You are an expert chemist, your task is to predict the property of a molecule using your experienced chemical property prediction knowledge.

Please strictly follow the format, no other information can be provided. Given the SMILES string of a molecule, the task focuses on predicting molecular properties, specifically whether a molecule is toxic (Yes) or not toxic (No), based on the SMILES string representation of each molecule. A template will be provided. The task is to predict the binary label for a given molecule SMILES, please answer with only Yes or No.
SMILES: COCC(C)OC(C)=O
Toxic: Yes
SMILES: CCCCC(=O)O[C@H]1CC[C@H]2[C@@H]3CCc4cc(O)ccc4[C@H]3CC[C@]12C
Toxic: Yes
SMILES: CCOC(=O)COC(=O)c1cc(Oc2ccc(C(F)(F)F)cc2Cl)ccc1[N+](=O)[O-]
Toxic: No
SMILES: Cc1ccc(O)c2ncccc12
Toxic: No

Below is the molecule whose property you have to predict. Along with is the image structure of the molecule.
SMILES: Cc1ccccc1C(OCCN(C)C)c1ccccc1.O=C(O)CC(O)(CC(=O)O)C(=O)O
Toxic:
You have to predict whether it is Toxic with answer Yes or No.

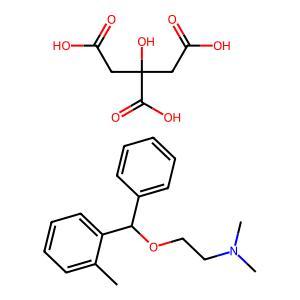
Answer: No